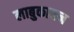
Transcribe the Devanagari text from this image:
लाबुकायन